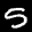
Label: 5